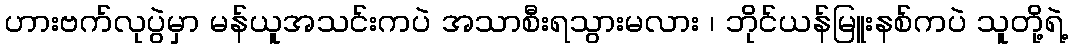
ဟားဗက်လုပွဲမှာ မန်ယူအသင်းကပဲ အသာစီးရသွားမလား ၊ ဘိုင်ယန်မြူးနစ်ကပဲ သူတို့ရဲ့